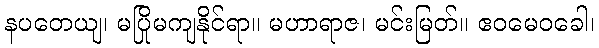
နပတေယျ၊ မပြိုမကျနိုင်ရာ။ မဟာရာဇ၊ မင်းမြတ်။ ဧဝမေဝခေါ၊